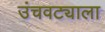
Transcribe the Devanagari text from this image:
उंचवट्याला